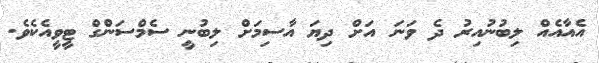
އެއާއެއް ލިބުނުއިރު ދެ ވަނަ އަށް ދިޔަ އާސިމަށް ލިބުނީ ސެމްސަންގް ޓީވީއެކެވެ.